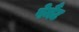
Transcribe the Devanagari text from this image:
पेमैंट